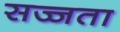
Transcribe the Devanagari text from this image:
सज्जता